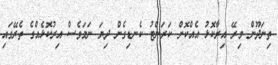
ތިނަދޫން މިރޭ އިރާކޮޅު އެއްކޮށް ކަރަންޓު ކެނޑިގެން ދިޔަ ނަމަވެސް އިރުކޮޅެއްގެ ތެރޭގައި